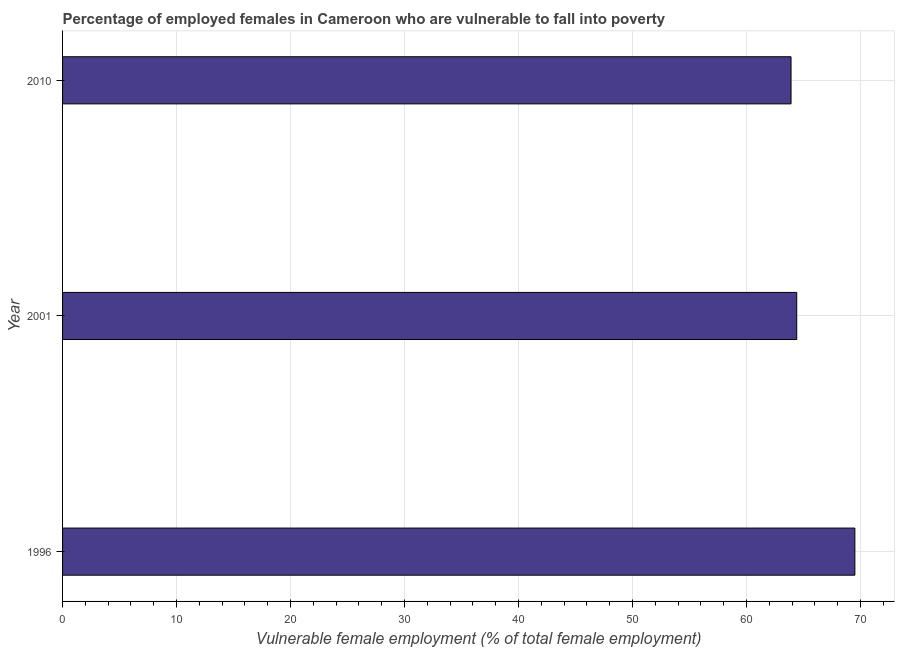
| Year | Percentage of employed females who are vulnerable to fall into poverty |
 | --- | --- |
 | 1996 | 69.5 |
 | 2001 | 64.4 |
 | 2010 | 63.9 |